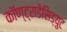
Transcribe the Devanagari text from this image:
कॉण्ट्राडेसिड्युट